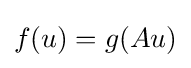
f(u)=g(Au)